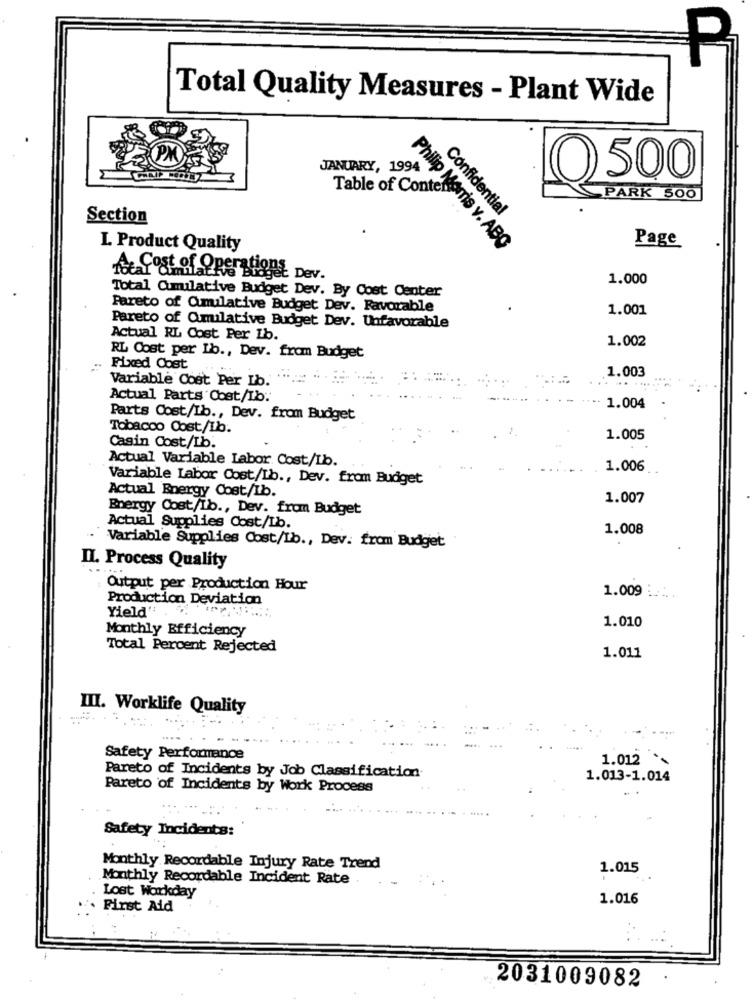
Total Quality Measures - Plant Wide
JANUARY, 1994
500
Table of Conten
PARK 500
Confidential
Section
Page
L. Product Quality
Philip Morris v. ABO
The Cost of Operations Dev.
1.000
Total Cumulative Budget Dev. By Cost Center
Pareto of Qmulative Budget Dev. Favorable
1.001
Pareto of Qmulative Budget Dev. Unfavorable
Actual RL Cost Per Lb.
1.002
RL Cost per Lb ., Dev. from Budget
..
Fixed Cost
1.003
Variable Cost Per Lb.
Actual Parts Cost/Ib.
1.004
Parts Cost/Ib ., Dev. from Budget
Tobacco Cost/1b.
1.005
Casin Cost/Lb.
Actual Variable Labor Cost/Ib.
1.006
Variable Labor Cost/Lb ., Dev. from Budget
Actual Energy Cost/Ib.
1.007
Energy Cost/Ib ., Dev. from Budget
Actual Supplies Cost/Lb.
1.008
Variable Supplies Cost/Lb ., Dev. from Budget
II. Process Quality
Output per Production Hour
Production Deviation
1.009 :
Yield':
1.010
Monthly Efficiency
Total Percent Rejected
1.011
III. Worklife Quality
Safety Performance
1.012
Pareto of Incidents by Job Classification
1.013-1.014
Pareto of Incidents by Work Process
Safety Incidents:
Monthly Recordable Injury Rate Trend
1.015
Monthly Recordable Incident Rate
Lost Workday
1.016
First Aid
2031009082